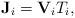
LaTeX: \begin{align*}\mathbf{J}_i=\mathbf{V}_iT_i,\end{align*}